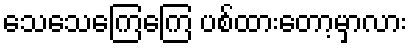
သေသေကြေကြေ ပစ်ထားတော့မှာလား